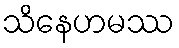
သိနေဟမဿ